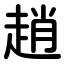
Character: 趙